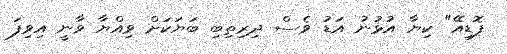
ފޮޑިއޭ" ކިޔާ އުޅުނު އަޑު ވެސް ދިރިތިބި ބަޔަކަށް ވިއްޔާ ވާނީ އިވިފަ